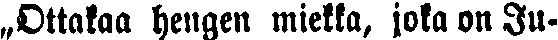
„Ottakaa hengen miekka, joka on Ju-